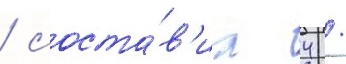
/ соста́в'ил 4 /